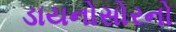
ડાયનોસોરનો